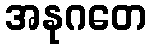
အနုဂတေ